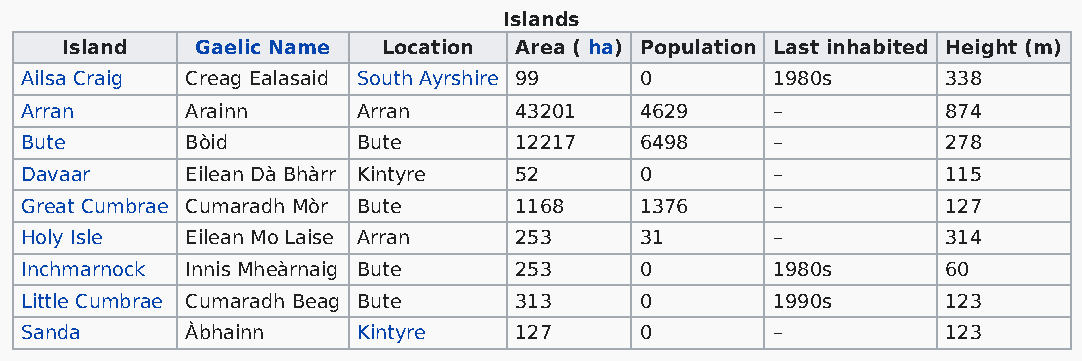
Islands
 Island   Gaelic Name Location Area ( ha) Population Last inhabited Height (m)
 Ailsa Craig Creag Ealasaid South Ayrshire 99 0    1980s       338
 Arran      Arainn      Arran     43201   4629     –           874
 Bute       Bòid        Bute      12217   6498     –           278
 Davaar     Eilean Dà Bhàrr Kintyre 52    0        –           115
 Great Cumbrae Cumaradh Mòr Bute  1168    1376     –           127
 Holy Isle  Eilean Mo Laise Arran 253     31       –           314
 Inchmarnock Innis Mheàrnaig Bute 253     0        1980s       60
 Little Cumbrae Cumaradh Beag Bute 313    0        1990s       123
 Sanda      Àbhainn     Kintyre   127     0        –           123